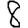
Digit: 8